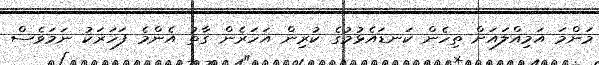
މަންމަ އަމިއްލައަށް ތިހެން ކަނޑައެޅުމުގެ ކުރިން އަހަރެން ގާތު އެންމެ ފަހަރަކު ނަމަވެސް